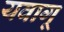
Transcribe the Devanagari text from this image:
यवागू